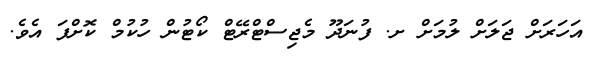
އަހަރަށް ޖަލަށް ލުމަށް ށ. ފުނަދޫ މެޖިސްޓްރޭޓް ކޯޓުން ހުކުމް ކޮށްފަ އެވެ.